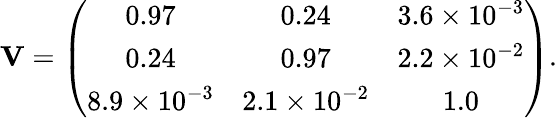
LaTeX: {\mathbf V}=\left(\begin{array}{ccc}{{0.97}}&{{0.24}}&{{3.6\times 10^{-3}}}\\ {{0.24}}&{{0.97}}&{{2.2\times 10^{-2}}}\\ {{8.9\times 10^{-3}}}&{{2.1\times 10^{-2}}}&{{1.0}}\end{array}\right).